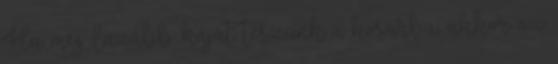
Ha meg lazább kaját teszünk a kosárba, akkor az